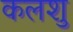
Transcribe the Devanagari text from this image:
कलशु